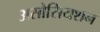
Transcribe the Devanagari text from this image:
असोसियशन